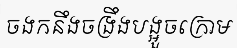
ចងកនឹងចង្រឹងបង្អួចក្រោម